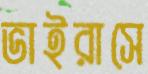
ভাইরাসে